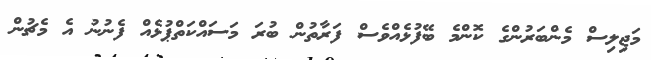
މަޖިލިސް މެންބަރުންގެ ކޮންމެ ބޭފުޅެއްވެސް ފަރާތުން ބުރަ މަސައްކަތްޕުޅެއް ފެނުނު އެ މެޗުން